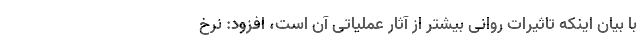
با بیان اینکه تاثیرات روانی بیشتر از آثار عملیاتی آن است، افزود: نرخ